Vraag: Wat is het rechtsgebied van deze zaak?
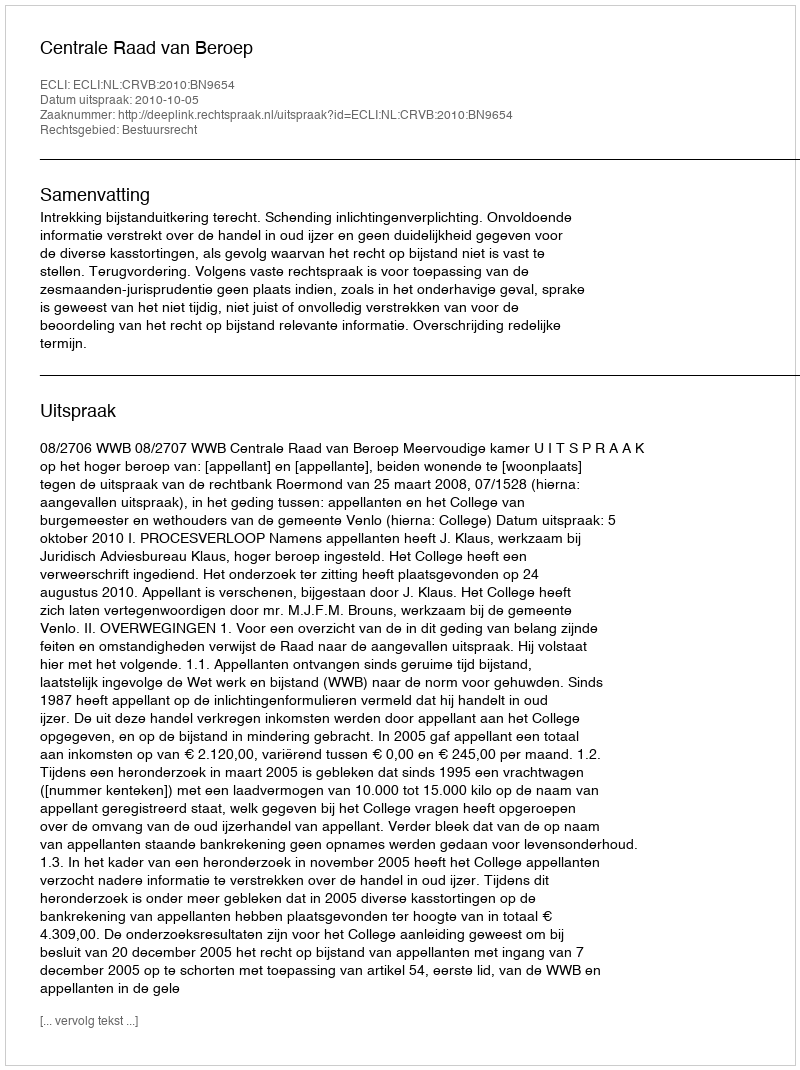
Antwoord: Bestuursrecht